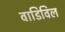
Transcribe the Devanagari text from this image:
वाडिविल